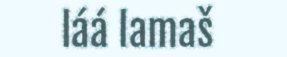
láá lamaš